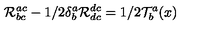
{ \cal R } _ { b c } ^ { a c } - 1 / 2 \delta _ { b } ^ { a } { \cal R } _ { d c } ^ { d c } = 1 / 2 { \cal T } _ { b } ^ { a } ( x )